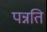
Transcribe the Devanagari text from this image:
पन्नति